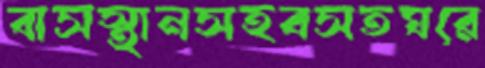
বাসস্থানসহবসতঘরে